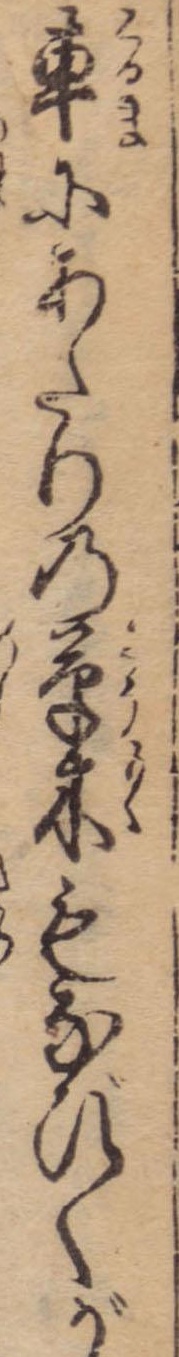
車にあたりの草木もなびくが